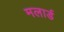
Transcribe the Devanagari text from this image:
मलार्ड